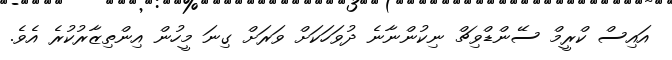
އައިސް ކްރީމް ސޭންޑްވިޗް ނިކުންނާނެ ދުވަހަކަށް ވަރަށް ގިނަ މީހުން އިންތިޒާރުކުރެ އެވެ.